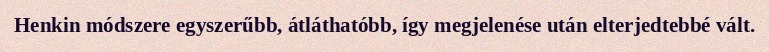
Henkin módszere egyszerűbb, átláthatóbb, így megjelenése után elterjedtebbé vált.